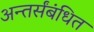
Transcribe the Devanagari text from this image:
अन्तर्संबंधित